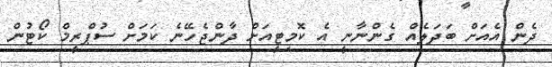
ދެން އެއަށް ބަދަލެއް ގެންނާނީ އެ ކޮމިޓީއަށް ދާންޖެހޭނެ ކަމަށް ސުޕްރީމް ކޯޓުން